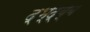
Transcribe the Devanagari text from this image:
द्भ्द्ब्ब